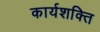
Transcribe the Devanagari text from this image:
कार्यशक्‍ति